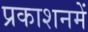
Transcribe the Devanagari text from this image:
प्रकाशनमें